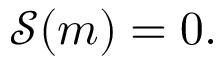
\mathcal { S } ( m ) = 0 .